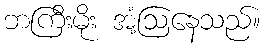
ဘကြီးမိုး အံ့ဩနေသည်။